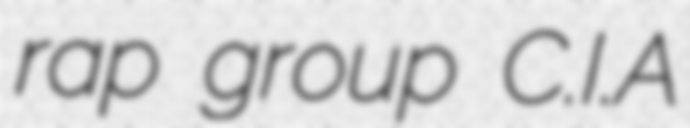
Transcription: rap group C.I.A